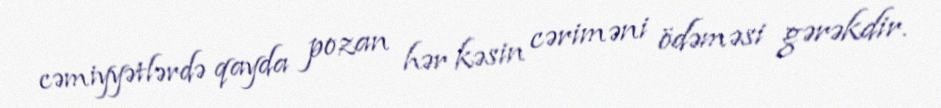
cəmiyyətlərdə qayda pozan hər kəsin cəriməni ödəməsi gərəkdir.